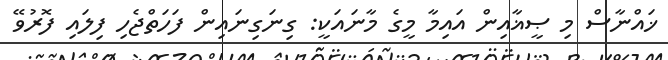
ޚައްނާސް މި ޞީޣާއިން އައިމާ މީގެ މާނައަކީ: ގިނަގިނައިން ފަހަތްޖެހި ފިލައި ފޮރުވޭ